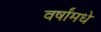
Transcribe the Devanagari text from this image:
वर्षांमधे